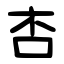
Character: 㕻